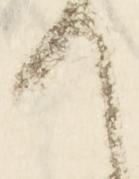
て